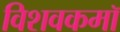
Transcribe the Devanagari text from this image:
विशवकमॉ